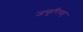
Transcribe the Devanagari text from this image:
जम्हूरियत्